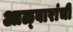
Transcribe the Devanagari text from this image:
आळ्वारांची